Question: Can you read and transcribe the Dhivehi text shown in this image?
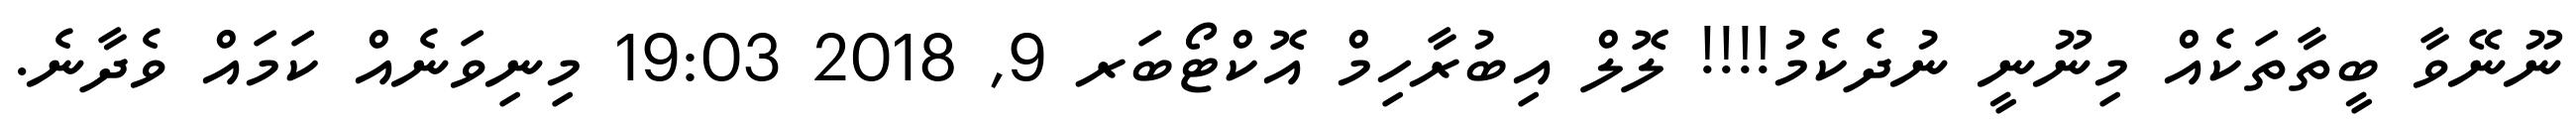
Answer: ނޫނޭވާ ބީތާތަކެއް މިނޫނީ ނުދެކެމު!!!! ލޮލް އިބުރާހިމް އޮކްޓޯބަރ 9, 2018 19:03 މިނިވަނެއް ކަމައް ވެދާނެ.